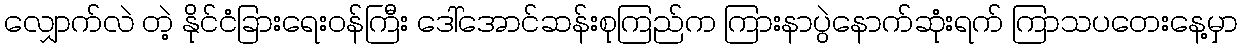
လျှောက်လဲ တဲ့ နိုင်ငံခြားရေးဝန်ကြီး ဒေါ်အောင်ဆန်းစုကြည်က ကြားနာပွဲနောက်ဆုံးရက် ကြာသပတေးနေ့မှာ